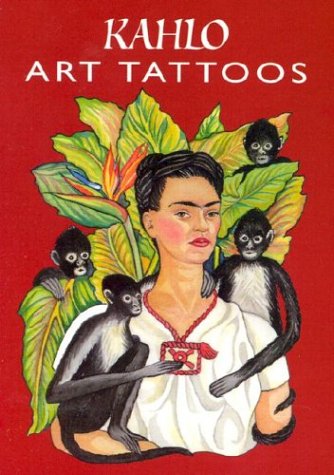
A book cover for Kahlo Art Tattoos (Dover Tattoos); Frida Kahlo; Arts & Photography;